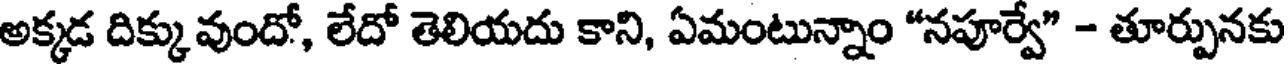
అక్కడ దిక్కువుందో, లేదో తెలియదు కాని, ఏమంటున్నాం "నపూర్వే" - తూర్పునకు